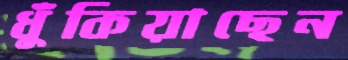
ধুঁকিয়াছেন